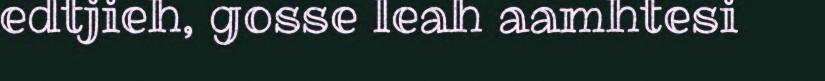
edtjieh, gosse leah aamhtesi